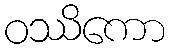
ဝဿိကော